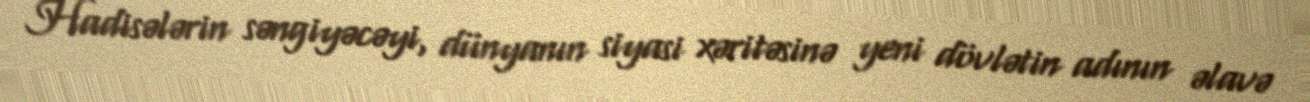
Hadisələrin səngiyəcəyi, dünyanın siyasi xəritəsinə yeni dövlətin adının əlavə